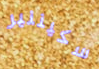
سكيننير